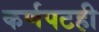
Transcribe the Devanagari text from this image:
कर्णपटही